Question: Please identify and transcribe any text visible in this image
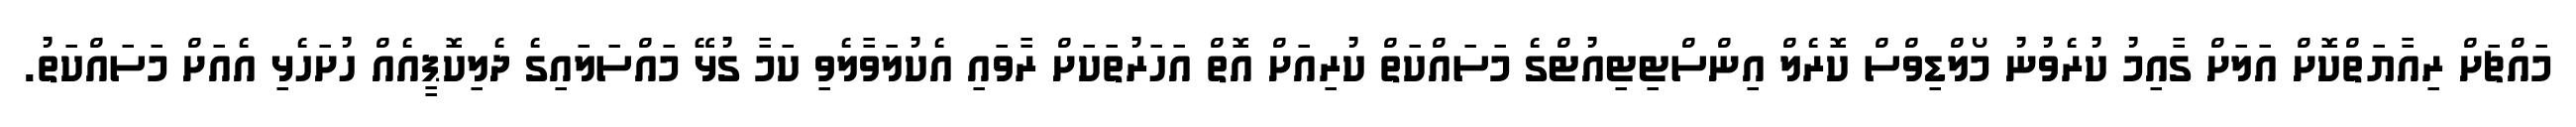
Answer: މައްޗަށް ރިއާޔަތްކޮށް އަލަށް ގާއިމު ކުރެވުނު މޯލްޑިވްސް ކޮރެލް އިންސްޓިޓިއުޓްގެ މަސައްކަތް ކުރިއަށް އޮތް އަހަރުތަކަށް ރާވައި އެކުލަވާލެވި ކަމާ ގުޅޭ މައްސަލައިގެ ދެލިކޮޕީއެއް ހުށަހެޅި އެއަށް މަސައްކަތު.